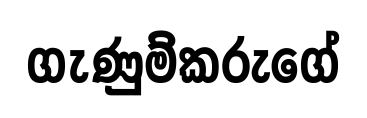
ගැණුම්කරුගේ